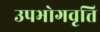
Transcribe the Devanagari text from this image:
उपभोगवृत्ति